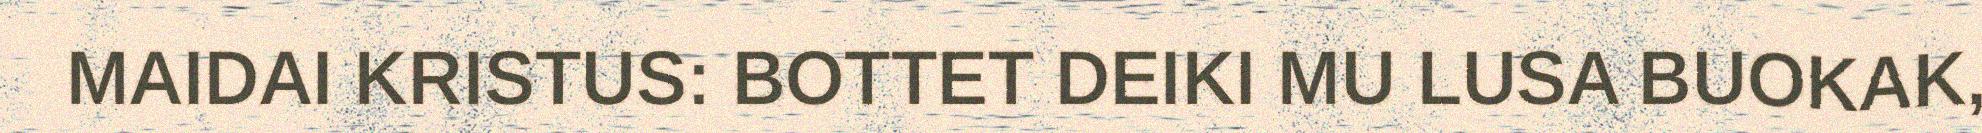
MAIDAI KRISTUS: BOTTET DEIKI MU LUSA BUOKAK,